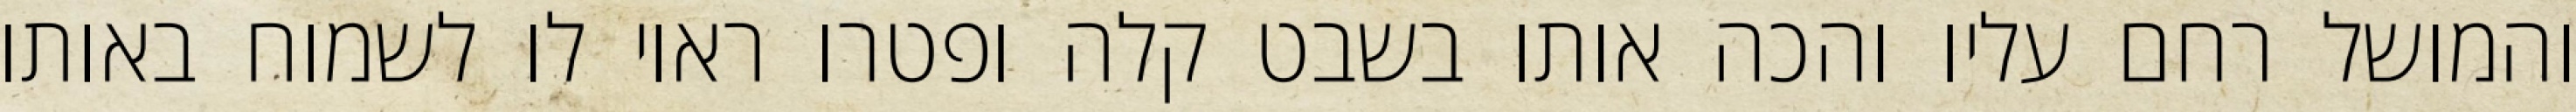
והמושל רחם עליו והכה אותו בשבט קלה ופטרו ראוי לו לשמוח באותו